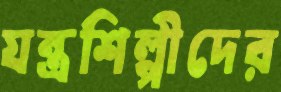
যন্ত্রশিল্পীদের